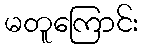
မတူကြောင်း